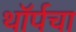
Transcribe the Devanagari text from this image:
थॉर्पचा